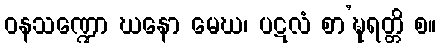
ဝနသဏ္ဍော ဃနော မေဃ၊ ပဋလံ စာ’ဍ္ဎရတ္တိ စ။